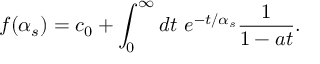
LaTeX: f ( \alpha _ { s } ) = c _ { 0 } + \int _ { 0 } ^ { \infty } d t \ e ^ { - t / \alpha _ { s } } { \frac { 1 } { 1 - a t } } .